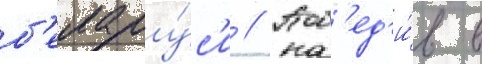
б'елару́с'и // Поб'ед'и́в в